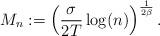
LaTeX: \begin{align*}M_n:= \left( \frac{\sigma}{2T} \log(n) \right)^{\frac{1}{2\beta}}.\end{align*}